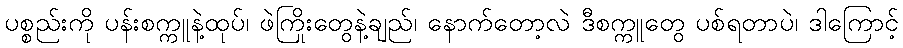
ပစ္စည်းကို ပန်းစက္ကူနဲ့ထုပ်၊ ဖဲကြိုးတွေနဲ့ချည်၊ နောက်တော့လဲ ဒီစက္ကူတွေ ပစ်ရတာပဲ၊ ဒါကြောင့်